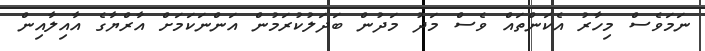
ނަމަވެސް މިހާރު އެކަންތައް ވެސް މަދު މަދުން ބަދަލުކުރަމުން އަންނަކަމަށް އާރްޔާގެ އާއިލާއިން